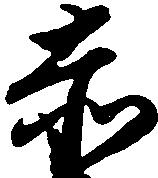
赤